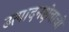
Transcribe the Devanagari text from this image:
उत्पादनक्षेत्राची